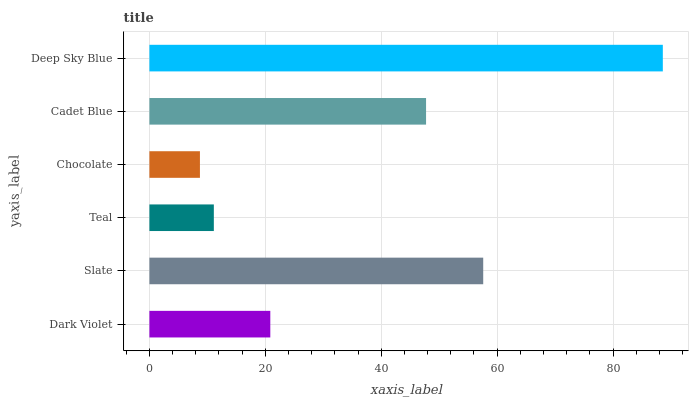
| yaxis_label | bars |
 | --- | --- |
 | Dark Violet | 20.9 |
 | Slate | 57.6 |
 | Teal | 11.1 |
 | Chocolate | 8.72 |
 | Cadet Blue | 47.7 |
 | Deep Sky Blue | 88.6 |